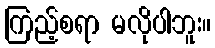
ကြည့်စရာ မလိုပါဘူး။